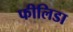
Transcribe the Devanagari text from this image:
फीलिडा